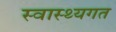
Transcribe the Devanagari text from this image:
स्वास्थ्यगत